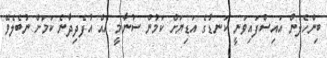
ބިންހެލުން އައިސްފައިވަނީ ކަނޑުގެ އަޑިޔަށް ކަމުން ސުނާމީ އެއް އުފެދިދާނެ ކަމަށް ނުބެލެވޭ